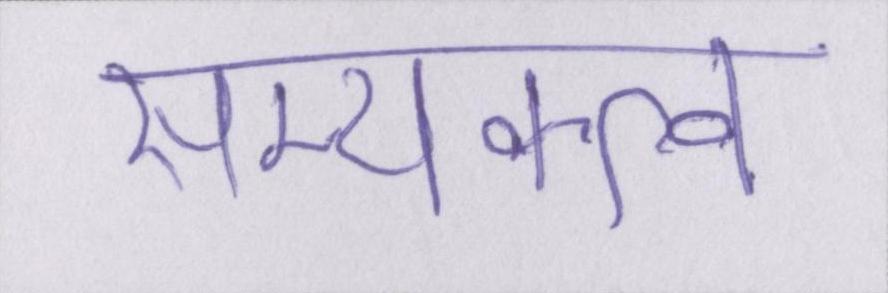
सम्यक्त्व